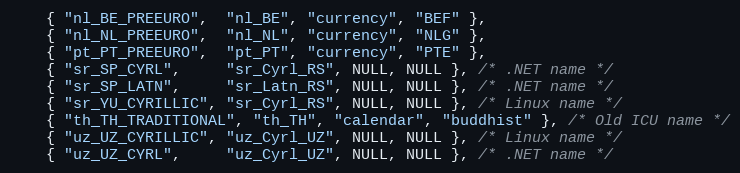
Language: C++
    { "nl_BE_PREEURO",  "nl_BE", "currency", "BEF" },
    { "nl_NL_PREEURO",  "nl_NL", "currency", "NLG" },
    { "pt_PT_PREEURO",  "pt_PT", "currency", "PTE" },
    { "sr_SP_CYRL",     "sr_Cyrl_RS", NULL, NULL }, /* .NET name */
    { "sr_SP_LATN",     "sr_Latn_RS", NULL, NULL }, /* .NET name */
    { "sr_YU_CYRILLIC", "sr_Cyrl_RS", NULL, NULL }, /* Linux name */
    { "th_TH_TRADITIONAL", "th_TH", "calendar", "buddhist" }, /* Old ICU name */
    { "uz_UZ_CYRILLIC", "uz_Cyrl_UZ", NULL, NULL }, /* Linux name */
    { "uz_UZ_CYRL",     "uz_Cyrl_UZ", NULL, NULL }, /* .NET name */